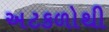
અટકળોથી